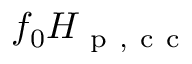
f _ { 0 } H _ { \mathrm { ~ p ~ , ~ c ~ c ~ } }